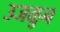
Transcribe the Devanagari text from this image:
उजळुन